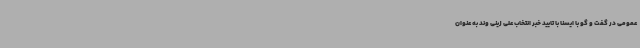
عمومی در گفت و گو با ایسنا با تایید خبر انتخاب علی زینی وند به عنوان